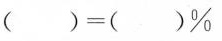
$$（ ）=（ ） \% $$